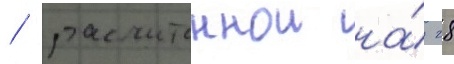
/ рассчитаннои на́ 28